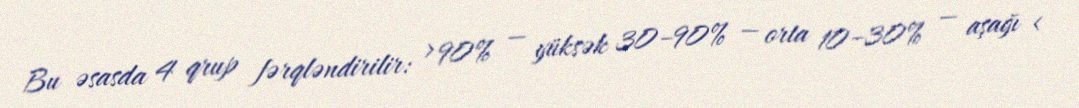
Bu əsasda 4 qrup fərqləndirilir: > 90% — yüksək 30–90% — orta 10–30% — aşağı <